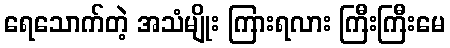
ရေသောက်တဲ့ အသံမျိုး ကြားရလား ကြီးကြီးမေ